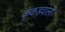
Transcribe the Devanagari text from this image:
कंकड़वाली